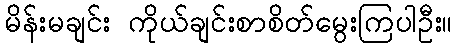
မိန်းမချင်း ကိုယ်ချင်းစာစိတ်မွေးကြပါဦး။